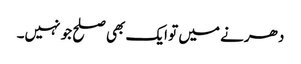
دھرنے میں تو ایک بھی صلح جو نہیں۔